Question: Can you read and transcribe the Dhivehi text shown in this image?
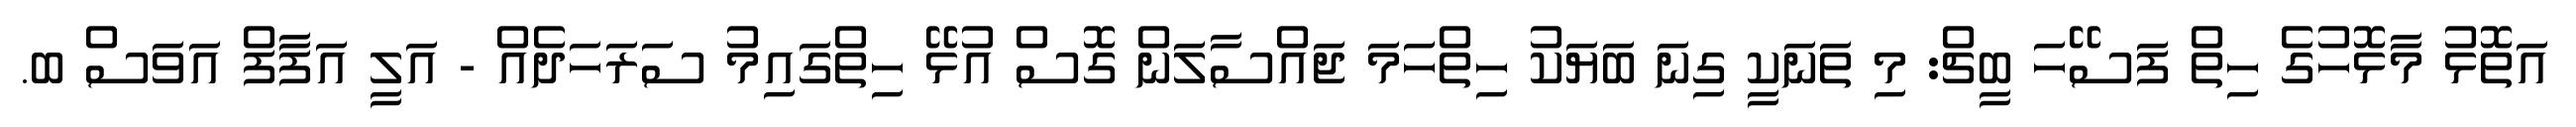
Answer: އަތޮޅު މާޅޮހުގެ ހިތް ފަސޭހަ ބީޗް: މި ތަނަކީ ގިނަ ބަޔަކު ހިތްހަމަ ޖައްސާލަން ގޮސް އުޅޭ ހިތްގައިމު ސަރަހަދެއް - އަލީ އަފާފް އަވަސް ބ.